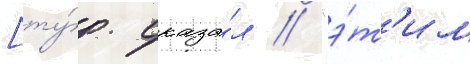
[ту́р. сказа́л // "э́т'им